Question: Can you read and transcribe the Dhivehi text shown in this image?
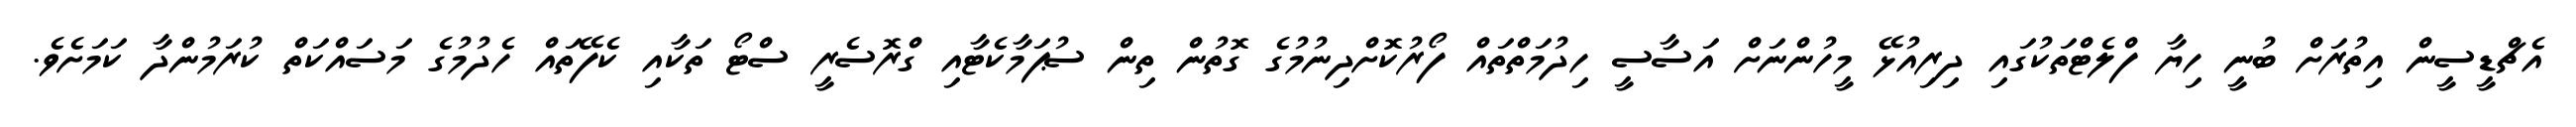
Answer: އެޗްޑީސީން އިތުރަށް ބުނީ ހިޔާ ފްލެޓްތަކުގައި ދިރިއުޅޭ މީހުންނަށް އަސާސީ ހިދުމަތްތައް ފޯރުކޮށްދިނުމުގެ ގޮތުން ތިން ސުޕަމާކެޓާއި ގްރޮސެރީ ސްޓޯ ތަކާއި ކެފޭތައް ހެދުމުގެ މަސައްކަތް ކުރަމުންދާ ކަމަށެވެ.